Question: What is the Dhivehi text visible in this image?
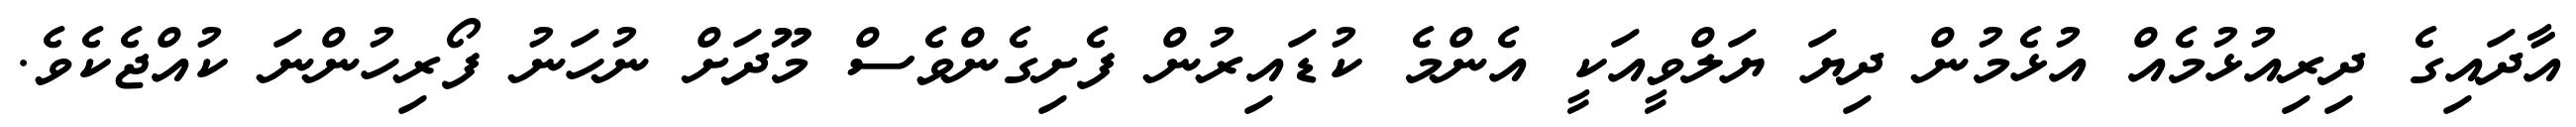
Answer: އާދައިގެ ދިރިއުޅުމެއް އުޅެމުން ދިޔަ ޔަލްވީއަކީ އެންމެ ކުޑައިރުން ފެށިގެންވެސް މޫދަށް ނުހަނު ފޯރިހުންނަ ކުއްޖެކެވެ.